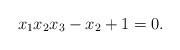
LaTeX: \begin{align*}x_1 x_2 x_3 - x_2 +1=0.\end{align*}